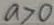
a > 0